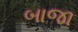
બાજા